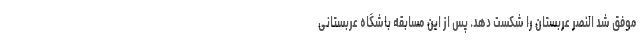
موفق شد النصر عربستان را شکست دهد. پس از این مسابقه باشگاه عربستانی